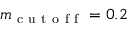
m _ { \mathrm { ~ c ~ u ~ t ~ o ~ f ~ f ~ } } = 0 . 2